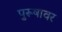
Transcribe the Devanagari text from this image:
पुरूषावर